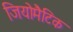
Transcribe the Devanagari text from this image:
जियोमैटिक